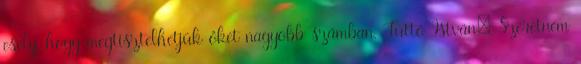
esély, hogy megtisztelhetjük őket nagyobb számban. Tüttő István: Szeretném